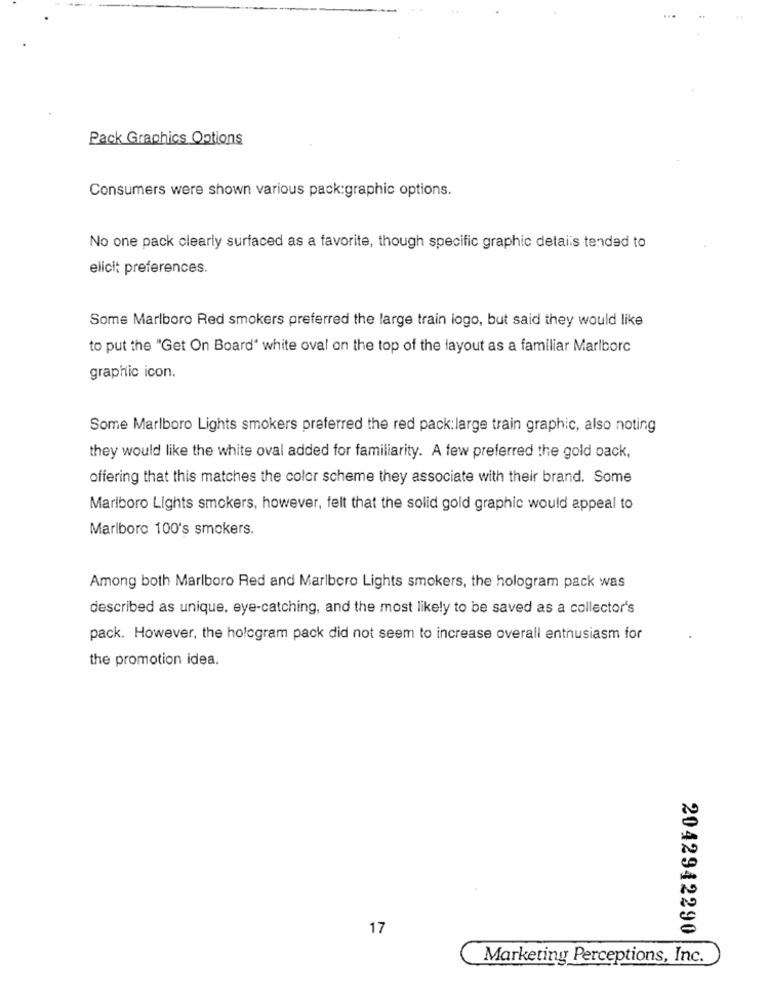
Pack Graphics Options
Consumers were shown various pack:graphic options.
No one pack clearly surfaced as a favorite, though specific graphic details tended to
elicit preferences.
Some Marlboro Red smokers preferred the large train logo, but said they would like
to put the "Get On Board" white oval on the top of the layout as a familiar Marlborc
graphic icon.
Some Marlboro Lights smokers preferred the red pack:large train graphic, also noting
they would like the white oval added for familiarity. A few preferred the gold back,
offering that this matches the color scheme they associate with their brand. Some
Marlboro Lights smokers, however, felt that the solid gold graphic would appeal to
Marlboro 100's smokers.
Among both Marlboro Red and Marlboro Lights smokers, the hologram pack was
described as unique, eye-catching, and the most likely to be saved as a collector's
pack. However, the hologram pack did not seem to increase overall enthusiasm for
the promotion idea.
17
2042942290
Marketing Perceptions, Inc.